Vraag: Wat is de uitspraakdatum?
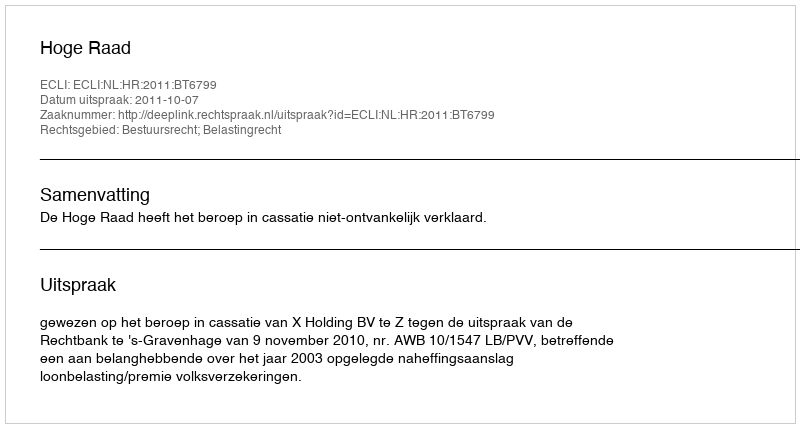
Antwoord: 2011-10-07